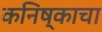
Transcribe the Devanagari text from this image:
कनिष्काचा